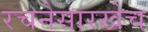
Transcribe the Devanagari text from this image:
रचनेसारखेच